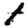
Digit: 1